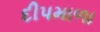
દીપમાળા